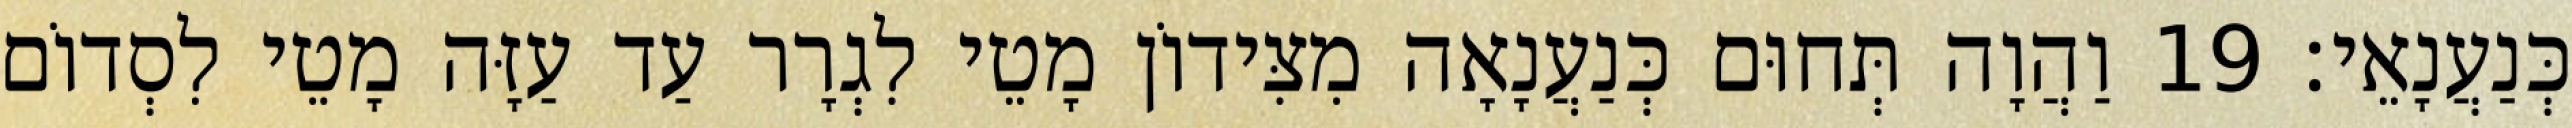
כְּנַעֲנָאֵי׃ 19 וַהֲוָה תְּחוּם כְּנַעֲנָאָה מִצִּידוֹן מָטֵי לִגְרָר עַד עַזָּה מָטֵי לִסְדוֹם